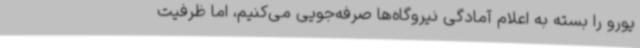
یورو را بسته به اعلام آمادگی نیروگاه‌ها صرفه‌جویی می‌کنیم، اما ظرفیت